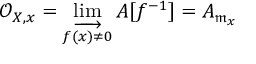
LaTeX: { \mathcal { O } } _ { X , x } = \varinjlim _ { f ( x ) \neq 0 } A [ f ^ { - 1 } ] = A _ { { \mathfrak { m } } _ { x } }